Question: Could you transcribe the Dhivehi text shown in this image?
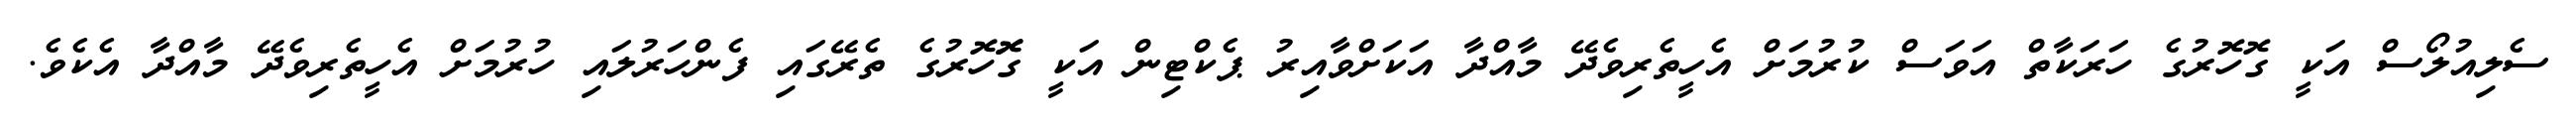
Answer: ސެލިއުލޯސް އަކީ ގޮހޮރުގެ ހަރަކާތް އަވަސް ކުރުމަށް އެހީތެރިވެދޭ މާއްދާ އަކަށްވާއިރު ޕެކްޓިން އަކީ ގޮޮހޮރުގެ ތެރޭގައި ފެންހަރުލައި ހުރުމަށް އެހީތެރިވެދޭ މާއްދާ އެކެވެ.